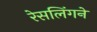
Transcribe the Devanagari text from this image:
रेसलिंगने